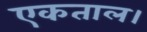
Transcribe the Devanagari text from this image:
एकताल।